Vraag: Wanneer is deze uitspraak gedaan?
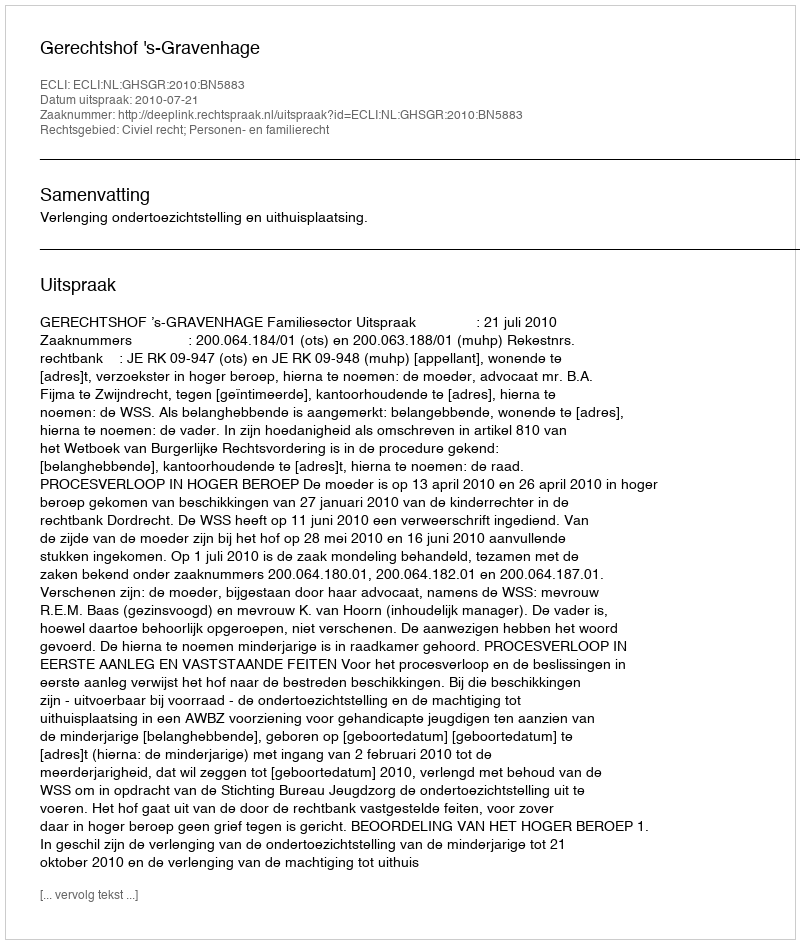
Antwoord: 2010-07-21